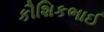
કૌશિકભાઈ